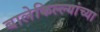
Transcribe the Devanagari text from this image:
बालेकिल्ल्यांच्या